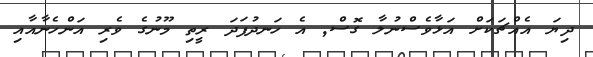
ދިޔަ އެއްޗަކަށް އަޅާވެސްނުލާ ގޮސް